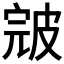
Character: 𰤪